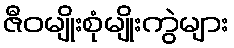
ဇီဝမျိုးစုံမျိုးကွဲများ